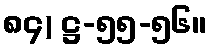
၈၄) ဋ္ဌ-၅၅-၅၆။